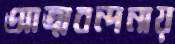
আত্মবন্দনায়